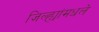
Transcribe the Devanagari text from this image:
जिल्ह्यांमधले